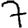
Digit: 7